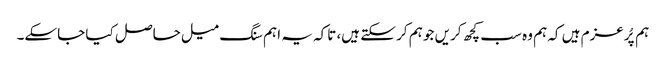
ہم پُرعزم ہیں کہ ہم وہ سب کچھ کریں جو ہم کر سکتے ہیں، تاکہ یہ اہم سنگ میل حاصل کیا جاسکے۔